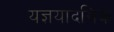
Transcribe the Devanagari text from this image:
यज्ञयादगिक